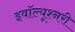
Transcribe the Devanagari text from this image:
इवॉल्यूश्नरी